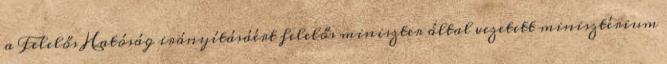
a Felelős Hatóság irányításáért felelős miniszter által vezetett minisztérium